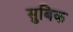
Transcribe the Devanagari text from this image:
सुबिक